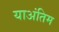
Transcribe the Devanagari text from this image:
याअंतिम